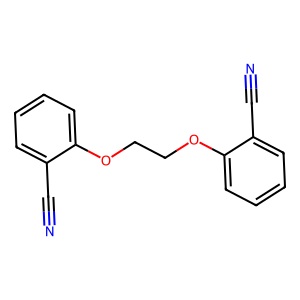
SMILES: N#Cc1ccccc1OCCOc1ccccc1C#N
Inhibits HIV replication: No